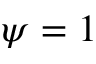
\psi = 1